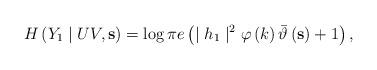
LaTeX: \begin{align*} H\left( Y_1\mid UV,\mathbf{s}\right)= \log \pi e \left( \mid h_1\mid^2 \varphi \left( k\right) \bar{\vartheta}\left( \mathbf{s}\right)+1\right), \end{align*}